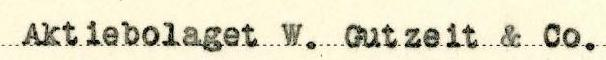
Aktiebolaget W. Gutzeit & Co.